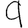
Digit: 9